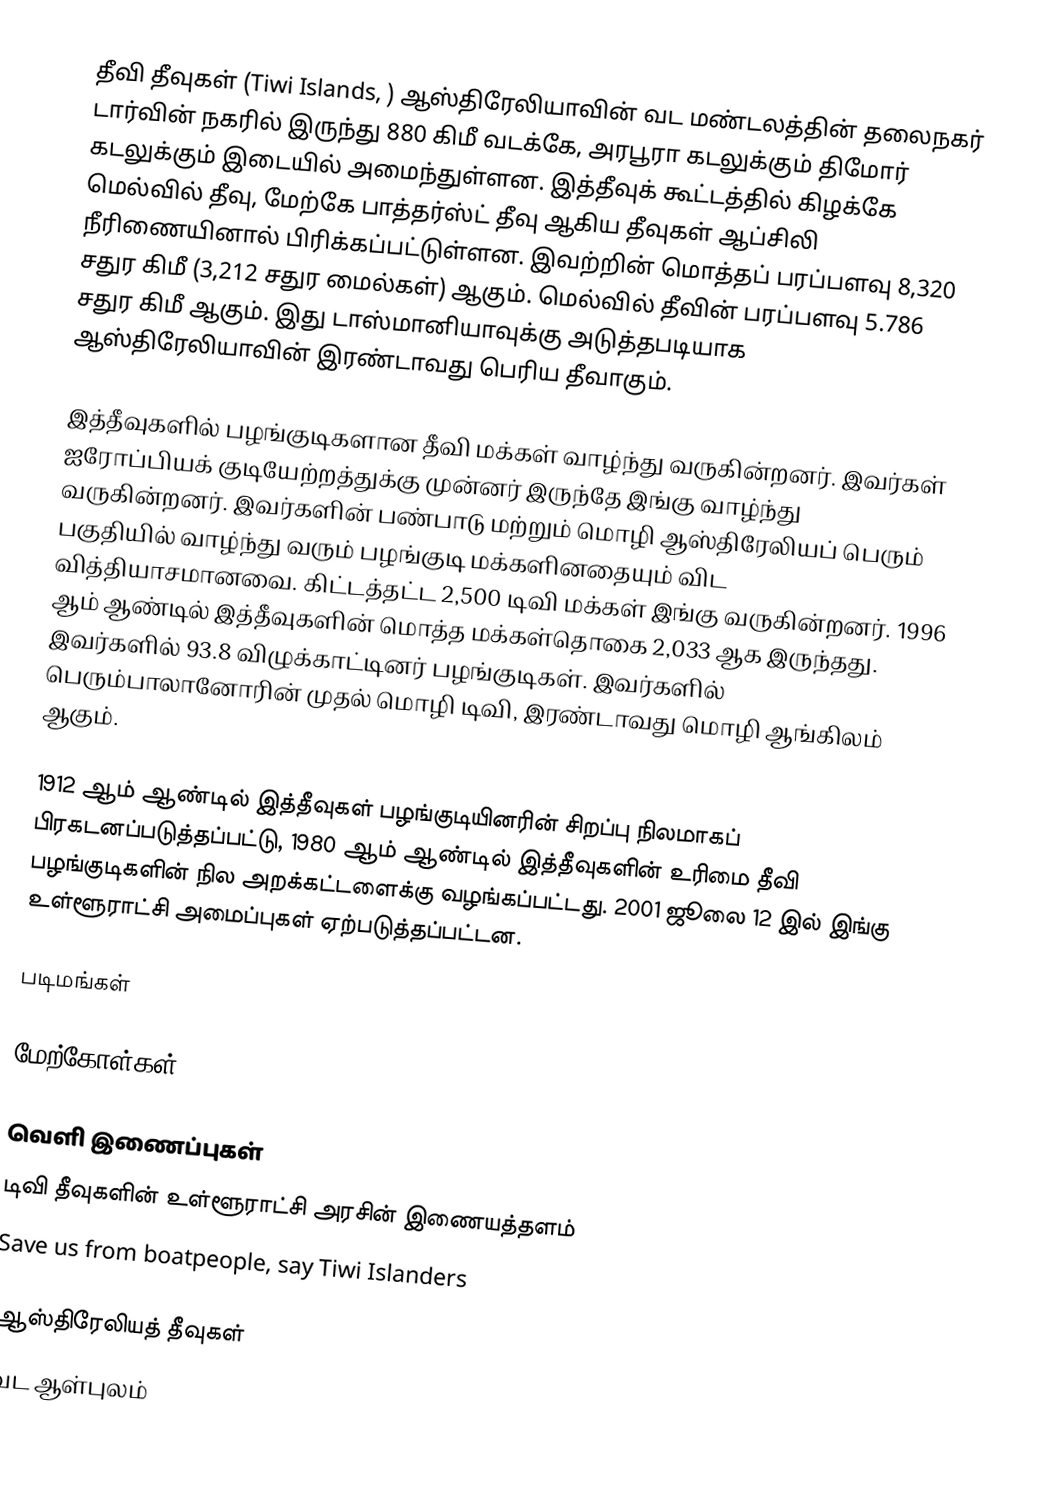
தீவி தீவுகள் (Tiwi Islands, ) ஆஸ்திரேலியாவின் வட மண்டலத்தின் தலைநகர் டார்வின் நகரில் இருந்து 880 கிமீ வடக்கே, அரபூரா கடலுக்கும் திமோர் கடலுக்கும் இடையில் அமைந்துள்ளன. இத்தீவுக் கூட்டத்தில் கிழக்கே மெல்வில் தீவு, மேற்கே பாத்தர்ஸ்ட் தீவு ஆகிய தீவுகள் ஆப்சிலி நீரிணையினால் பிரிக்கப்பட்டுள்ளன. இவற்றின் மொத்தப் பரப்பளவு 8,320 சதுர கிமீ (3,212 சதுர மைல்கள்) ஆகும். மெல்வில் தீவின் பரப்பளவு 5.786 சதுர கிமீ ஆகும். இது டாஸ்மானியாவுக்கு அடுத்தபடியாக ஆஸ்திரேலியாவின் இரண்டாவது பெரிய தீவாகும்.

இத்தீவுகளில் பழங்குடிகளான தீவி மக்கள் வாழ்ந்து வருகின்றனர். இவர்கள் ஐரோப்பியக் குடியேற்றத்துக்கு முன்னர் இருந்தே இங்கு வாழ்ந்து வருகின்றனர். இவர்களின் பண்பாடு மற்றும் மொழி ஆஸ்திரேலியப் பெரும் பகுதியில் வாழ்ந்து வரும் பழங்குடி மக்களினதையும் விட வித்தியாசமானவை. கிட்டத்தட்ட 2,500 டிவி மக்கள் இங்கு வருகின்றனர். 1996 ஆம் ஆண்டில் இத்தீவுகளின் மொத்த மக்கள்தொகை 2,033 ஆக இருந்தது. இவர்களில் 93.8 விழுக்காட்டினர் பழங்குடிகள். இவர்களில் பெரும்பாலானோரின் முதல் மொழி டிவி, இரண்டாவது மொழி ஆங்கிலம் ஆகும்.

1912 ஆம் ஆண்டில் இத்தீவுகள் பழங்குடியினரின் சிறப்பு நிலமாகப் பிரகடனப்படுத்தப்பட்டு, 1980 ஆம் ஆண்டில் இத்தீவுகளின் உரிமை தீவி பழங்குடிகளின் நில அறக்கட்டளைக்கு வழங்கப்பட்டது. 2001 ஜூலை 12 இல் இங்கு உள்ளூராட்சி அமைப்புகள் ஏற்படுத்தப்பட்டன.

படிமங்கள்

மேற்கோள்கள்

வெளி இணைப்புகள்
டிவி தீவுகளின் உள்ளூராட்சி அரசின் இணையத்தளம்
Save us from boatpeople, say Tiwi Islanders

ஆஸ்திரேலியத் தீவுகள்
வட ஆள்புலம்